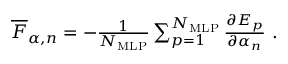
\begin{array} { r } { \overline { { F } } _ { \alpha , n } = - \frac { 1 } { N _ { \mathrm { M L P } } } \sum _ { p = 1 } ^ { N _ { \mathrm { M L P } } } \frac { \partial E _ { p } } { \partial \alpha _ { n } } \ . } \end{array}